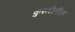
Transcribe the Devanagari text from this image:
कुस्तीतील